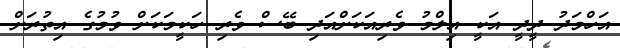
އަހްމަދު ދީދީ އަކީ އިލްމު ވެރިއަކަށްއަދި ބޭސް ވެރި ހަކީމަކަށް ވުމުގެ އިތުރަށް